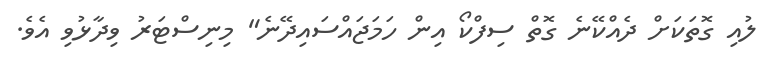
ލުއި ގޮތަކަށް ދެއްކޭނެ ގޮތް ސިފްކޯ އިން ހަމަޖައްސައިދޭނެ" މިނިސްޓަރު ވިދާޅުވި އެވެ.